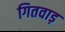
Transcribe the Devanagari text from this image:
गितवाड़